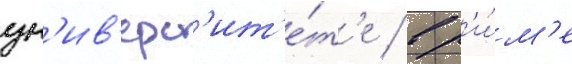
ун'ив'ерс'ит'е́т'е / в р'и́м'е